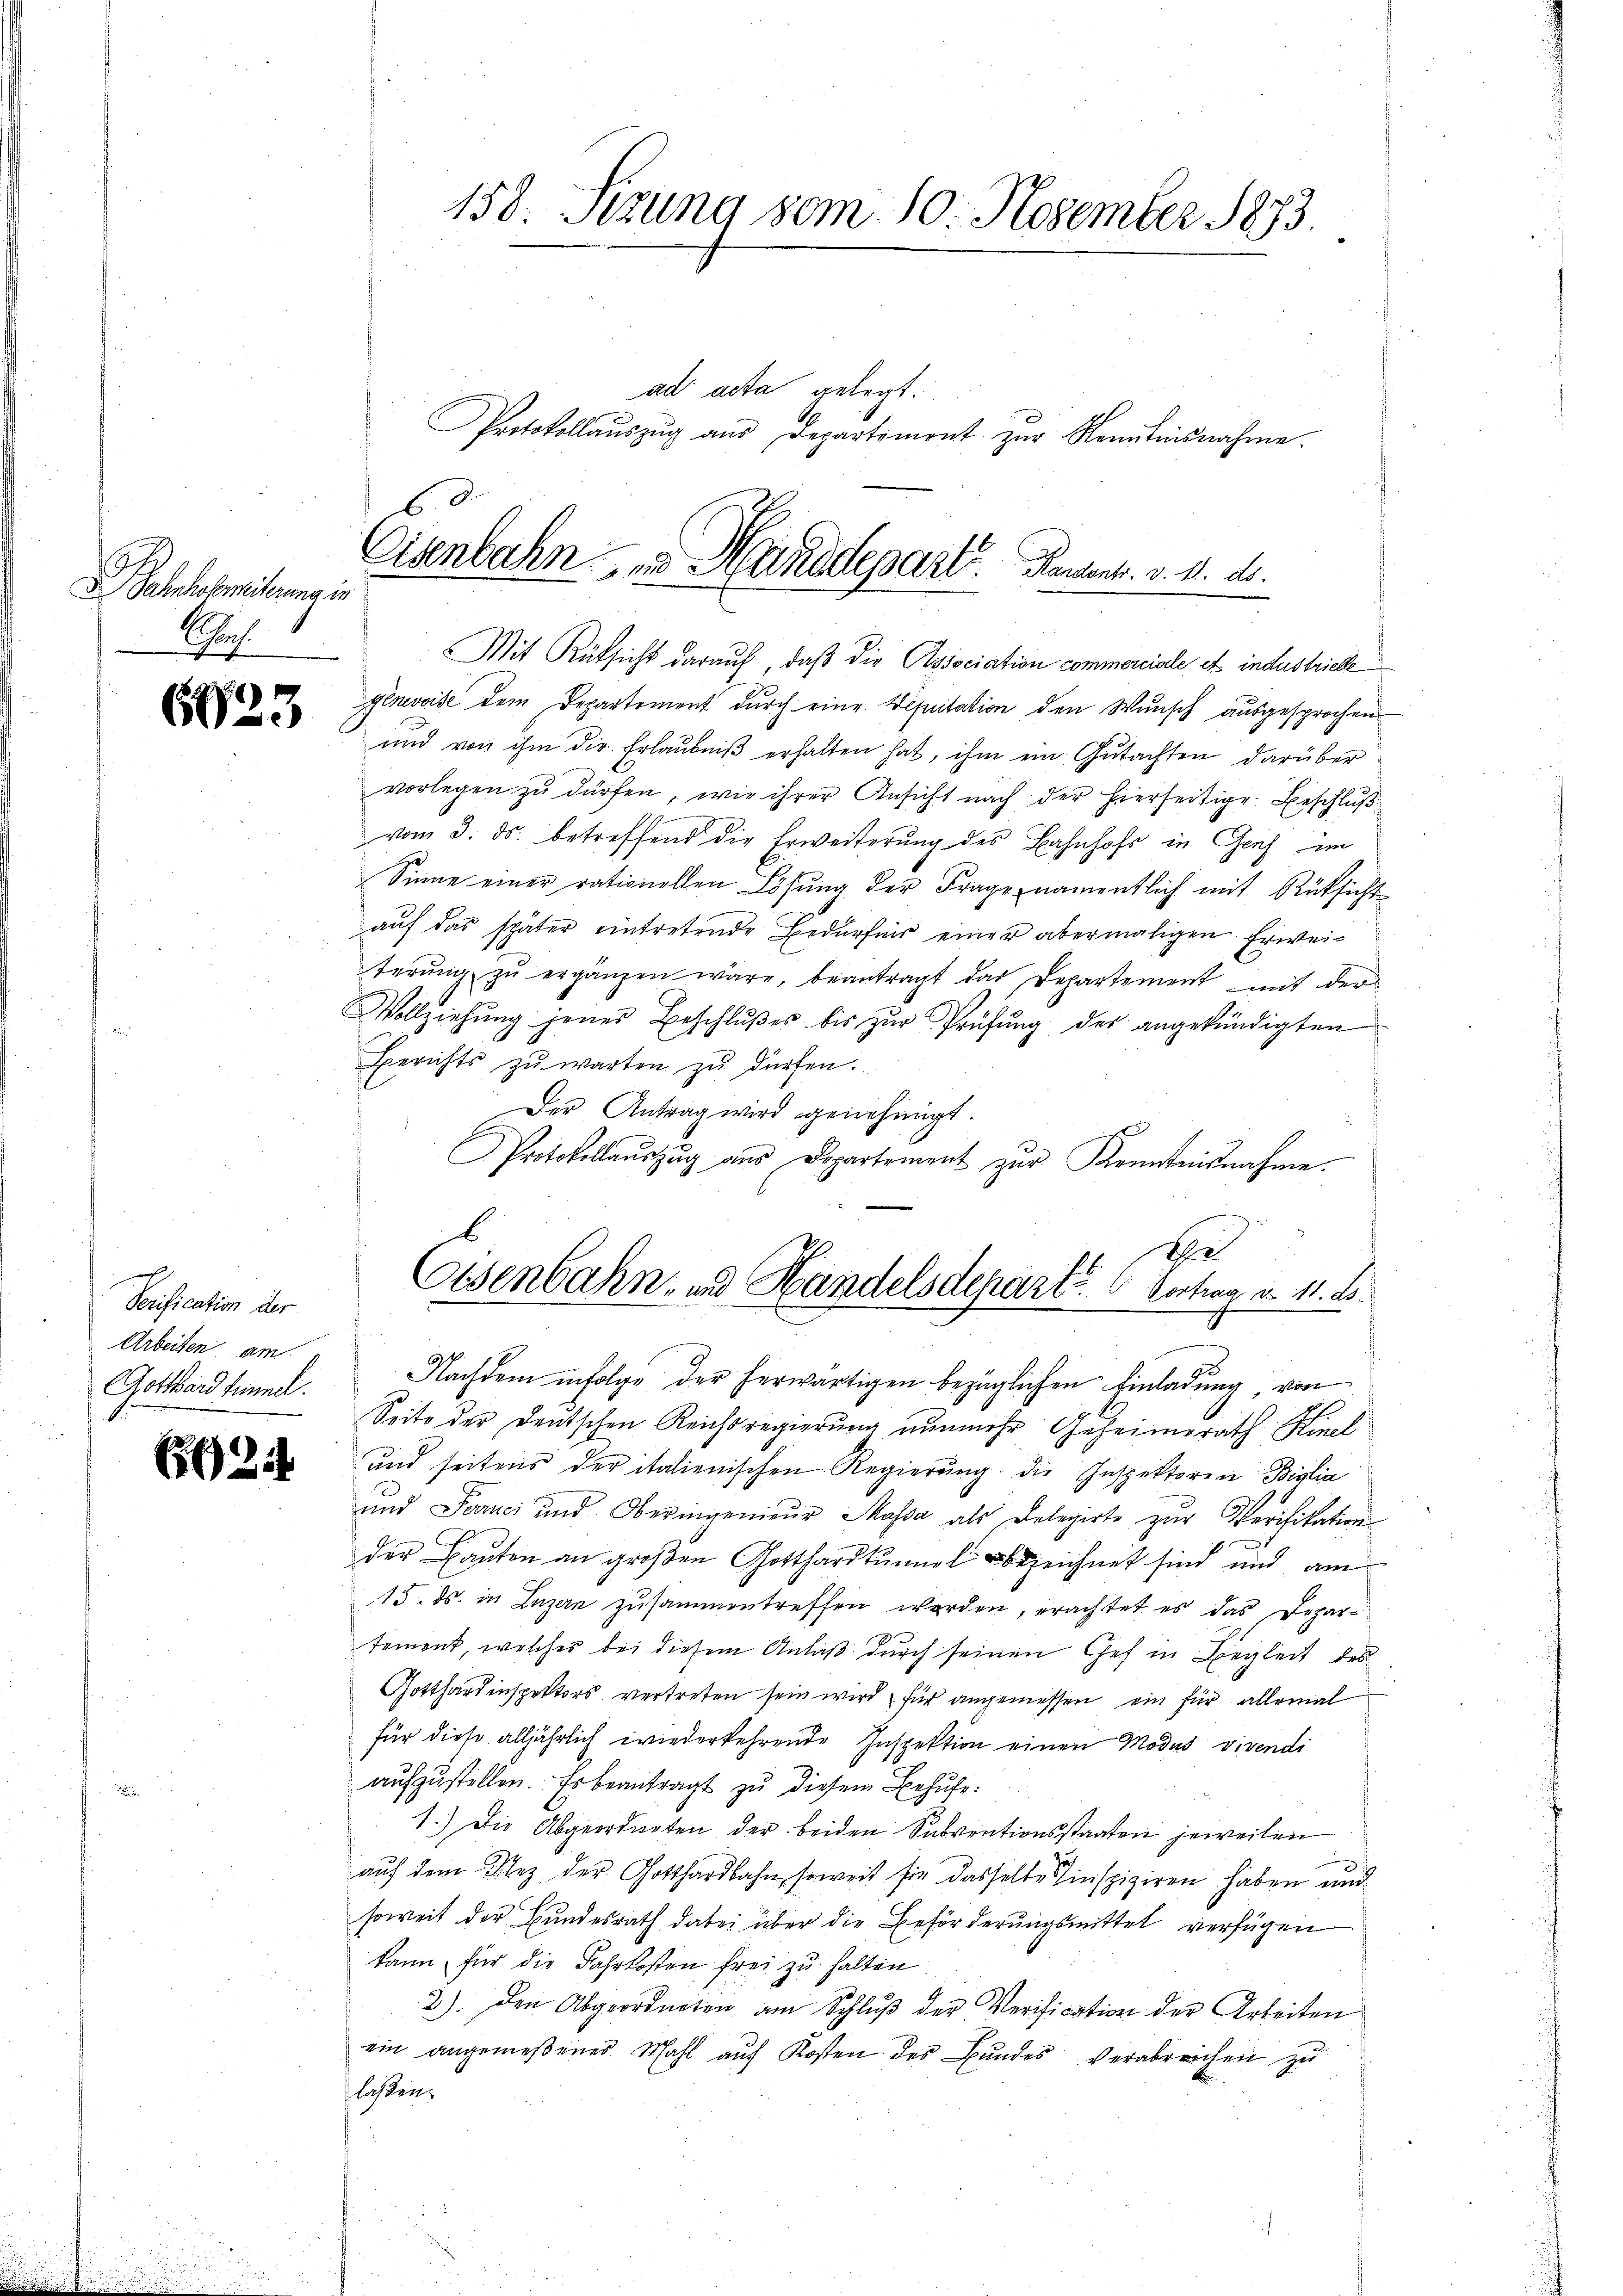
ahresbereiterung in
Rach
e

)
60

Serification der
Arbeiten am
Gotthard femmel.

692.

158. Stzung vom 10. November 1873.

ad acta gelegt.
Protokollaŭszŭg aŭs Departemont zŭr Kenntnisnahme.

Mit Rüksicht darauf, daß die Association commerciale et industriebe
Genevoise dem Departement durch eine Deputation den Wunsch ausgesprochen
und von ihm die Erlaŭbniβ erhalten hat, ihm ein Gutachten darüber
vorlegen zu dürfen, wie ihrer Ansicht nach der hierseitige Beschluß
vom 3. ds. betreffend die Erweiterung des Bahnhofe in Genf im
Sinne einer rationellen Lösung der Frage namentlich mit Rüksicht
aŭf das später eintretende Bedürfnis einer abermaligen Erwei-
terŭng zŭ ergänzen wäre, beantragt das Departement mit der
Vollziehŭng jenes Beschlŭβes bis zŭr Prüfŭng des angekündigten
Berichts zŭwarten zŭ dürfen.
Der Antrag wird genehmigt.
Protokollaŭszŭg aŭs Departement zŭr Kenntnisnahme.
Seite der deutschen Reichsregierung nunmehr Geheimrath Hinel
" und seitens der italienischen Regierŭng die Inspektoren Biglia
und Farnei und Oberingenieur Massa als Delegirte zur Verifikation
der Bauten an großen Gotthardtunnel bezeichnet sind und am
15. ds. in Luzern zusammentreffen worden, erachtet es das Departement, welches bei diesem Anlaß durch seinen Gef in Begleit des
Gotthardinspektors vertreten sein wird, für angemessen ein für allemal
für diese alljährlich wiederkehrende Inspektion einen Modus vivendi
aufzustellen. Es beantragt zu diesem Behufe:
1.) Die Abgeordneten der beiden Subventionsstaaten jeweilen
aŭf dem Nez der Gotthardbahn, soweit sie dasselbe inspiziren haben und
soweit der Bundesrath dabei über die Beförderungsmittel verfügen
kann für die Fahrkosten frei zu halten
3). Den Abgeordneten am Schlŭβ der Verification der Arbeiten
ein angemeßener Mahl aŭf Kosten des Bŭndes verabreichen zu
flassen.

Eisenbahn u. Handdepart. Dament. v. 4. d.

d
Elsenbahn- und Handelsdepart. 6 Vortrag d. 11. d.
S
Nachdem infolge der herwärtigen bezüglichen Einladung, von